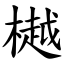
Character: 樾